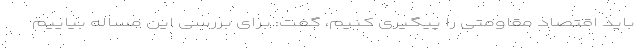
باید اقتصاد مقاومتی را پیگیری کنیم، گفت: برای بررسی این مساله بیاییم